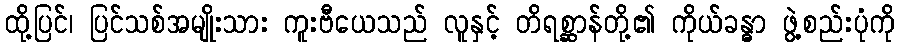
ထို့ပြင်၊ ပြင်သစ်အမျိုးသား ကူးဗီယေသည် လူနှင့် တိရစ္ဆာန်တို့၏ ကိုယ်ခန္ဓာ ဖွဲ့စည်းပုံကို